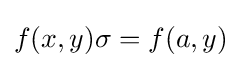
f(x,y)\sigma =f(a,y)